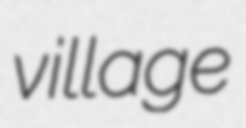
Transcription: village